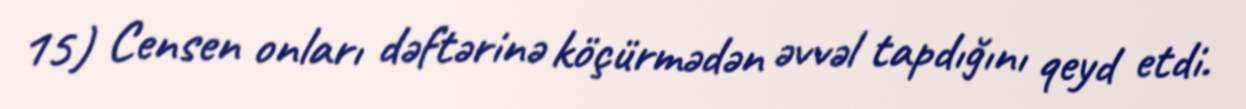
15) Censen onları dəftərinə köçürmədən əvvəl tapdığını qeyd etdi.